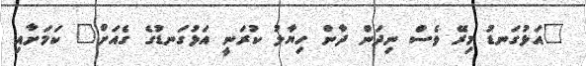
"އަޅުގަނޑު މިރޭ ވެސް ނިދަން ދާން ހިޔާލު ކުރަނީ އަޅުގަނޑުގެ ގެއަށް" ކަމަށާއި